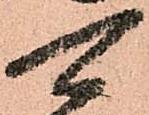
可